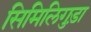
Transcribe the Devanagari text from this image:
सिमिलिगुड़ा